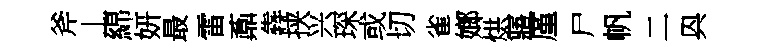
斧丄綿妍最雷鼒犇挟兴琛或切雀嫏烘寤厪尸帆二㒷